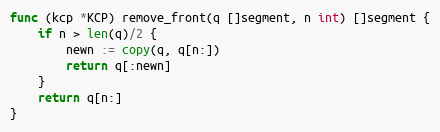
Language: Go
func (kcp *KCP) remove_front(q []segment, n int) []segment {
	if n > len(q)/2 {
		newn := copy(q, q[n:])
		return q[:newn]
	}
	return q[n:]
}